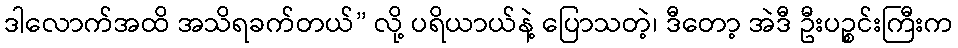
ဒါလောက်အထိ အသိရခက်တယ်” လို့ ပရိယာယ်နဲ့ ပြောသတဲ့၊ ဒီတော့ အဲဒီ ဦးပဉ္စင်းကြီးက